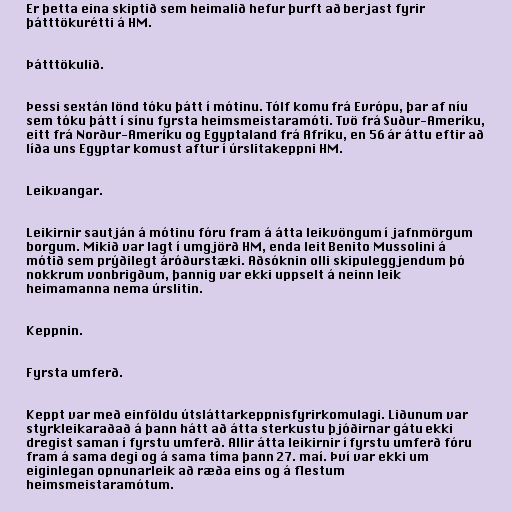
Er þetta eina skiptið sem heimalið hefur þurft að berjast fyrir
þátttökurétti á HM.

Þátttökulið.

Þessi sextán lönd tóku þátt í mótinu. Tólf komu frá Evrópu, þar af níu
sem tóku þátt í sínu fyrsta heimsmeistaramóti. Tvö frá Suður-Ameríku,
eitt frá Norður-Ameríku og Egyptaland frá Afríku, en 56 ár áttu eftir að
líða uns Egyptar komust aftur í úrslitakeppni HM.

Leikvangar.

Leikirnir sautján á mótinu fóru fram á átta leikvöngum í jafnmörgum
borgum. Mikið var lagt í umgjörð HM, enda leit Benito Mussolini á
mótið sem prýðilegt áróðurstæki. Aðsóknin olli skipuleggjendum þó
nokkrum vonbrigðum, þannig var ekki uppselt á neinn leik
heimamanna nema úrslitin.

Keppnin.

Fyrsta umferð.

Keppt var með einföldu útsláttarkeppnisfyrirkomulagi. Liðunum var
styrkleikaraðað á þann hátt að átta sterkustu þjóðirnar gátu ekki
dregist saman í fyrstu umferð. Allir átta leikirnir í fyrstu umferð fóru
fram á sama degi og á sama tíma þann 27. maí. Því var ekki um
eiginlegan opnunarleik að ræða eins og á flestum
heimsmeistaramótum.